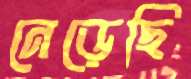
নেড়েছি